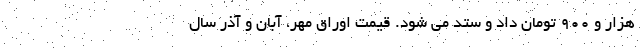
هزار و ۹۰۰ تومان داد و ستد می شود. قیمت اوراق مهر، آبان و آذر سال